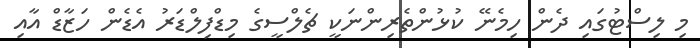
މި ލިސްޓުގައި ދެން ހިމެނޭ ކުޅުންތެރިންނަކީ ޗެލްސީގެ މިޑްފިލްޑަރު އެޑެން ހަޒާޑް އާއި